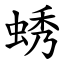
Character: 蜏